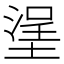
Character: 塣